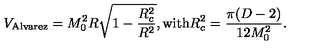
V _ { \mathrm { A l v a r e z } } = M _ { 0 } ^ { 2 } R \sqrt { 1 - \frac { R _ { c } ^ { 2 } } { R ^ { 2 } } } , \mathrm { w i t h } R _ { c } ^ { 2 } = \frac { \pi ( D - 2 ) } { 1 2 M _ { 0 } ^ { 2 } } .